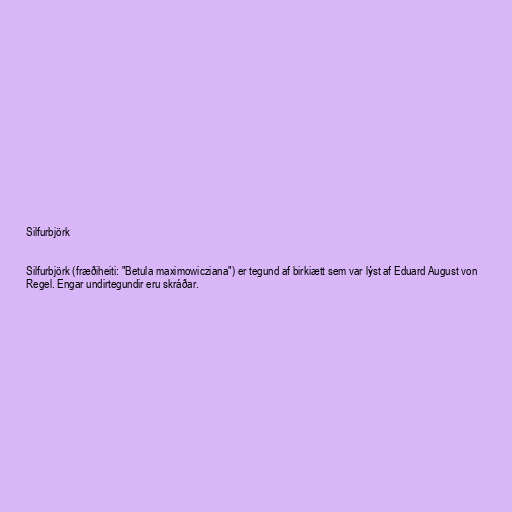
Silfurbjörk

Silfurbjörk (fræðiheiti: "Betula maximowicziana") er tegund af birkiætt sem var lýst af Eduard August von
Regel. Engar undirtegundir eru skráðar.